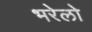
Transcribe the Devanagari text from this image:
भरेलो